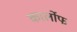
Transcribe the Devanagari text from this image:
कार्लोफ